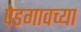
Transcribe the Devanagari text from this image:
पेडगावच्या